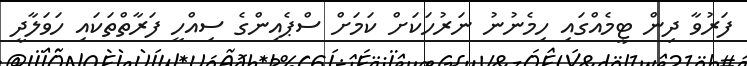
ފަރުވާ ދިން ޓީމެއްގައި ހިމެނުނު ނަރުހަކަށް ކަމަށް ސްޕެއިންގެ ސިއްހީ ފަރާތްތަކައި ހަވަލާދީ